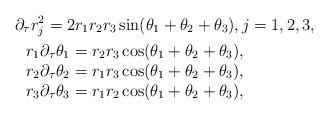
LaTeX: \begin{align*}&\partial_{\tau} r_j^2 = 2 r_1r_2r_3 \sin(\theta_1+\theta_2+\theta_3), j=1,2,3, \\ &\left. \begin{array}{cc}r_1 \partial_{\tau} \theta_1 = r_2r_3\cos(\theta_1+\theta_2+\theta_3), \\r_2 \partial_{\tau} \theta_2 = r_1r_3\cos(\theta_1+\theta_2+\theta_3), \\r_3 \partial_{\tau} \theta_3 = r_1r_2\cos(\theta_1+\theta_2+\theta_3), \end{array}\right. \end{align*}